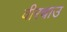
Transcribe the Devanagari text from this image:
वीरचाउ